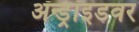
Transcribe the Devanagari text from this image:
ॲन्ड्रॉइडवर